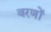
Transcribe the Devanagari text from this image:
वरणों